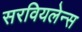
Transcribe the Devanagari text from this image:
सरवियलेन्स